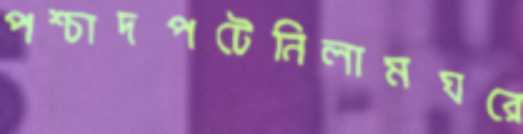
পশ্চাদপটেনিলামঘরে